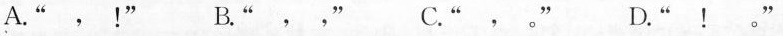
A. “ ，！” B. “ ，，” C. “ ，。” D. “ ！。”